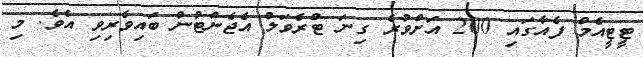
ޓީޓީއެމް ފެއާގައި 200 އަށްވުރެ ގިނަ ޓްރެވަލް އެޖެންޓުން ބައިވެރިވި އެވެ. މި